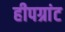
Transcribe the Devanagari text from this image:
हीपग्रांट